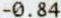
-0.84